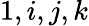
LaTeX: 1,i,j,k